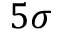
5 \sigma